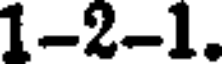
1-2-1.